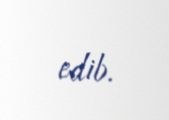
edib.